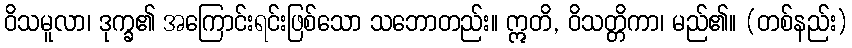
ဝိသမူလာ၊ ဒုက္ခ၏ အကြောင်းရင်းဖြစ်သော သဘောတည်း။ ဣတိ, ဝိသတ္တိကာ၊ မည်၏။ (တစ်နည်း)